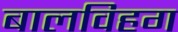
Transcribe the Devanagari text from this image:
बालविहग